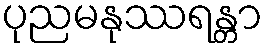
ပုညမနုဿရန္တာ